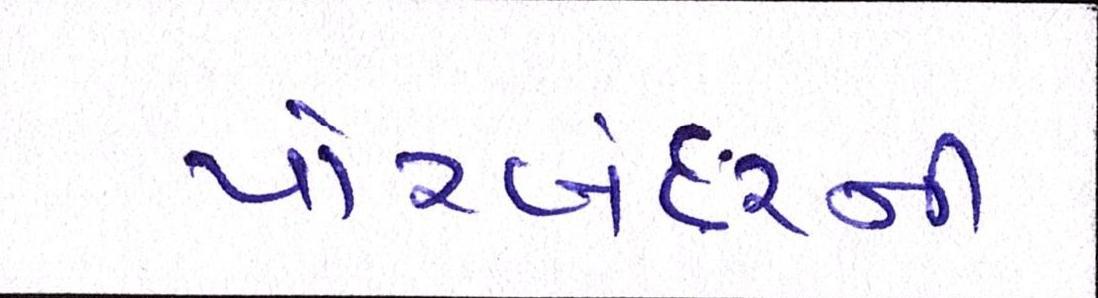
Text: પોરબંદરની